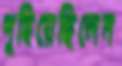
পুহিয়েছিলেন